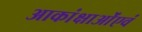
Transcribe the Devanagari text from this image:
आकांक्षाओंएवं